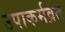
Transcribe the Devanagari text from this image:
उपाकर्मव्रत